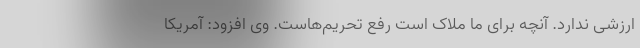
ارزشی ندارد. آنچه برای ما ملاک است رفع تحریم‌هاست. وی افزود: آمریکا